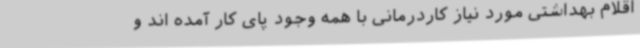
اقلام بهداشتی مورد نیاز کاردرمانی با همه وجود پای کار آمده اند و